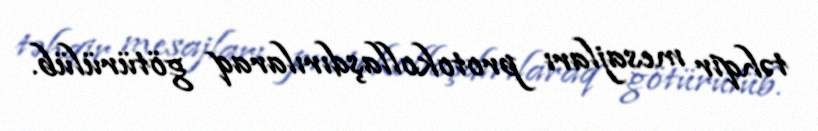
təhqir mesajları protokollaşdırılaraq götürülüb.